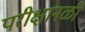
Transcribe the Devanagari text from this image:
परीक्षानळी